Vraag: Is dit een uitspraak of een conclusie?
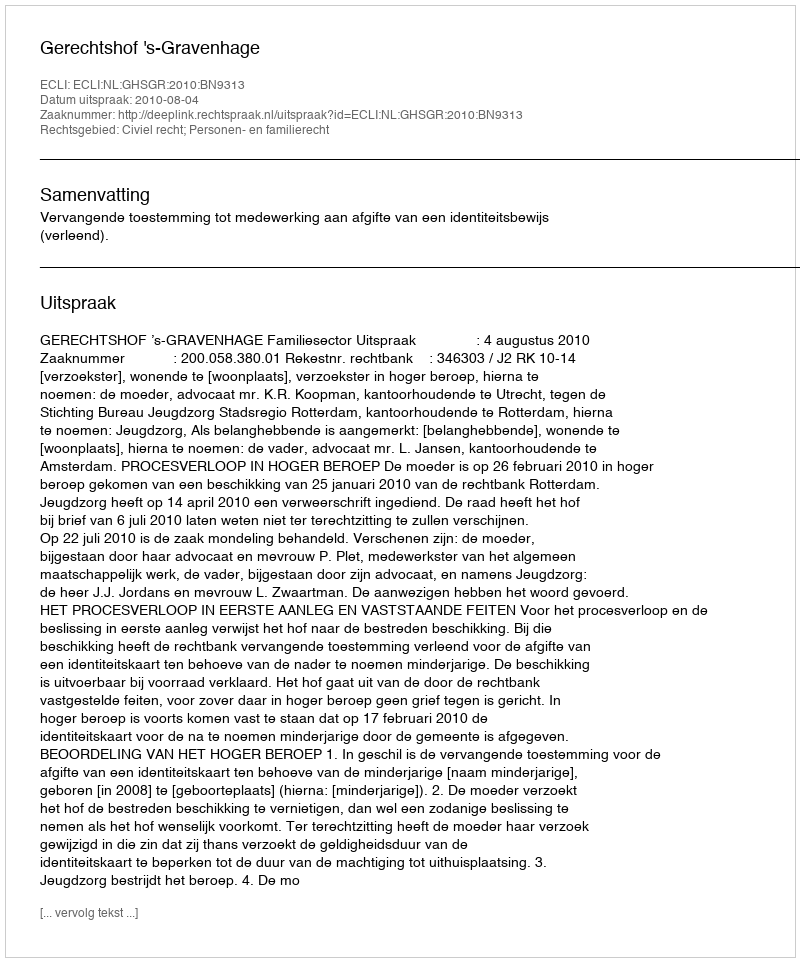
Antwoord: Uitspraak